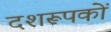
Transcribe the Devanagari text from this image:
दशरूपकों